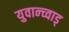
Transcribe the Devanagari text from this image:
युवान्च्वाड्